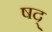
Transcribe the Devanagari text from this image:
षद्